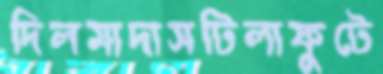
দিলমাদাসটিলাফুটে